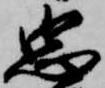
忠